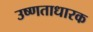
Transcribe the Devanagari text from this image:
उष्णताधारक